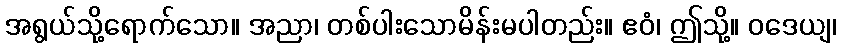
အရွယ်သို့ရောက်သော။ အညာ၊ တစ်ပါးသောမိန်းမပါတည်း။ ဧဝံ၊ ဤသို့။ ဝဒေယျ၊